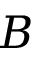
B